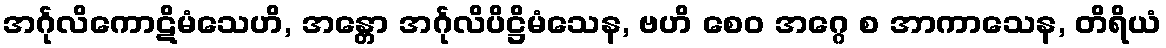
အင်္ဂုလိကောဋိမံသေဟိ, အန္တော အင်္ဂုလိပိဋ္ဌိမံသေန, ဗဟိ စေဝ အဂ္ဂေ စ အာကာသေန, တိရိယံ